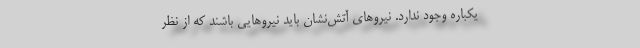
یکباره وجود ندارد. نیروهای آتش‌نشان باید نیروهایی باشند که از نظر